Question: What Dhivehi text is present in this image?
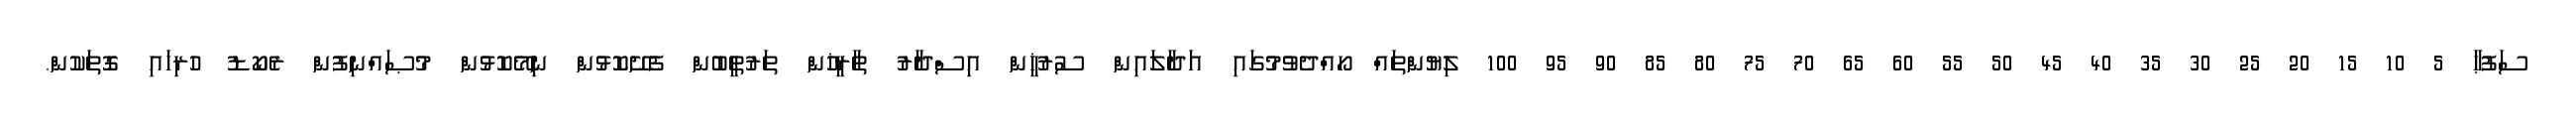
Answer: ސަފުޙާ 5 10 15 20 25 30 35 40 45 50 55 60 65 70 75 80 85 90 95 100 ލިޔުންތައް ހޯއްދެވުމުގައި އަދާލައިން ސުރުޚީން އިސްދާރު ތާރީޚުން ތަރުތީބުން ފެށޭކޮޅުން ނިމޭކޮޅުން މުޞައްނިފުން ރެކޯޑު ހުރިހައި ގޮތަކުން.